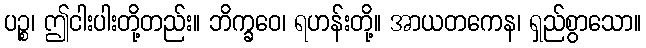
ပဉ္စ၊ ဤငါးပါးတို့တည်း။ ဘိက္ခဝေ၊ ရဟန်းတို့။ အာယတကေန၊ ရှည်စွာသော။